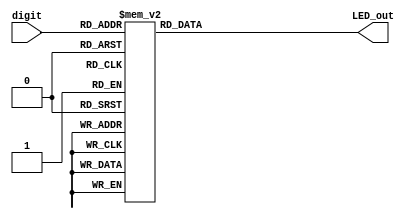
`timescale 1ns / 1ps
//////////////////////////////////////////////////////////////////////////////////
// Company: 
// Engineer: 
// 
// Design Name: 
// Module Name: segments
// Project Name: 
// Target Devices: 
// Tool Versions: 
// Description: 
// 
// Dependencies: 
// 
// Revision:
// Revision 0.01 - File Created
// Additional Comments:
// 
//////////////////////////////////////////////////////////////////////////////////


module segments(input[0:3] digit ,output reg [0:6] LED_out);
always @(*)
    begin
        case(digit)
        4'b0000: LED_out = 7'b0000001; // "0"     
        4'b0001: LED_out = 7'b1001111; // "1" 
        4'b0010: LED_out = 7'b0010010; // "2" 
        4'b0011: LED_out = 7'b0000110; // "3" 
        4'b0100: LED_out = 7'b1001100; // "4" 
        4'b0101: LED_out = 7'b0100100; // "5" 
        4'b0110: LED_out = 7'b0100000; // "6" 
        4'b0111: LED_out = 7'b0001111; // "7" 
        4'b1000: LED_out = 7'b0000000; // "8"     
        4'b1001: LED_out = 7'b0000100; // "9" 
        default: LED_out = 7'b0000001; // "0"
        endcase
    end

endmodule